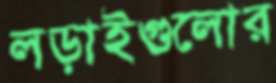
লড়াইগুলোর